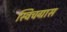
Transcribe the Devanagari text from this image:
स्विचग्रास